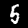
Digit: 5